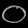
Digit: ၀